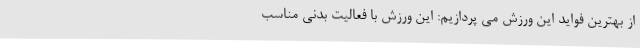
از بهترین فواید این ورزش می پردازیم: این ورزش با فعالیت بدنی مناسب